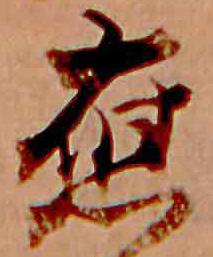
応